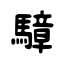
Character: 騿